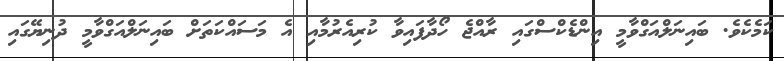
ކަމެކެވެ. ބައިނަލްއަގްވާމީ އިންޑެކްސްގައި ރާއްޖެ ހޯދާފައިވާ ކުރިއެރުމާއި އެ މަސައްކަތަށް ބައިނަލްއަގްވާމީ ދުނިޔޭގައި